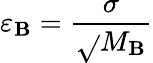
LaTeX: \varepsilon_{\mathbf{B}}=\frac{{\sigma}}{{\sqrt{}{{M_{\mathbf{B}}}}}}